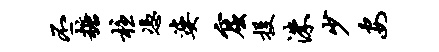
丕糖柱凭婆窟投洙少安